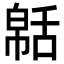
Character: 𦧠